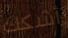
أشكك